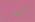
النضوج